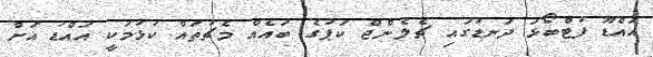
އައްޑޫ ފުޓްބޯޅަ ދަނޑުގައި ޗެލެންޖް ކަޕުގެ ބައެއް މެޗުތައް ކުޅުމަކީ އައްޑު އަށް